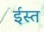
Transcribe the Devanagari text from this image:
ईस्त